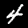
Digit: 4